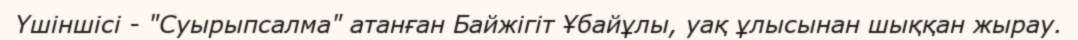
Үшіншісі - "Суырыпсалма" атанған Байжігіт Ұбайұлы, уақ ұлысынан шыққан жырау.